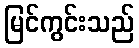
မြင်ကွင်းသည်